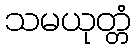
သမယုတ္တံ